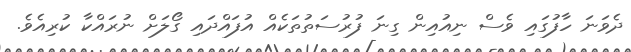
ދެވަނަ ހާފުގައި ވެސް ނިއުއިން ގިނަ ފުރުސަތުތަކެއް އުފައްދައި ގޯލަށް ނުރައްކާ ކުރިއެވެ.